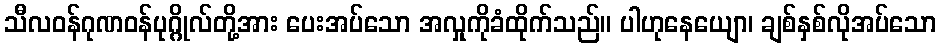
သီလဝန်ဂုဏဝန်ပုဂ္ဂိုလ်တို့အား ပေးအပ်သော အလှုကိုခံထိုက်သည်။ ပါဟုနေယျော၊ ချစ်နှစ်လိုအပ်သော